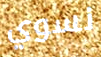
نسوي